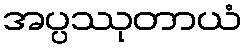
အပ္ပဿုတာယံ